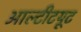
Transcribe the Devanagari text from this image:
आल्टीटयूट